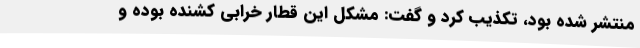
منتشر شده بود، تکذیب کرد و گفت: مشکل این قطار خرابی کشنده بوده و